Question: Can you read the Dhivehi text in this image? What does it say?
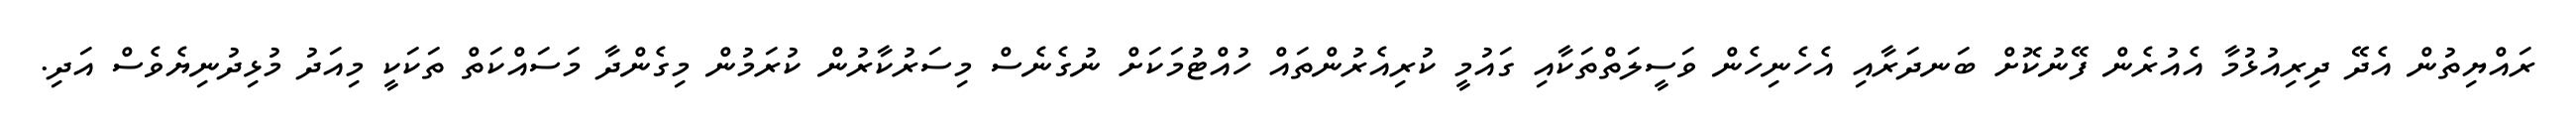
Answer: ރައްޔިތުން އެދޭ ދިރިއުޅުމާ އެއުރެން ފޭނުކޮށް ބަނދަރާއި އެހެނިހެން ވަސީލަތްތަކާއި ގައުމީ ކުރިއެރުންތައް ހުއްޓުމަކަށް ނުގެނެސް މިސަރުކާރުން ކުރަމުން މިގެންދާ މަސައްކަތް ތަކަކީ މިއަދު މުޅިދުނިޔެވެސް އަދި.